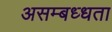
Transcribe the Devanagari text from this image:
असम्बध्धता